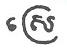
ស្រេ